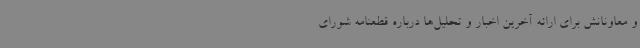
و معاونانش برای ارائه آخرین اخبار و تحلیل‌ها درباره قطعنامه شورای